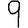
Digit: 9